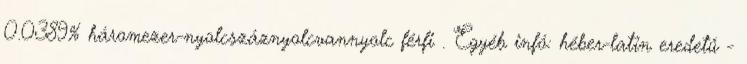
0.0389% háromezer-nyolcszáznyolcvannyolc férfi . Egyéb infó: héber-latin eredetű -